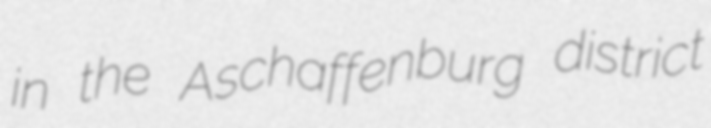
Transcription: in the Aschaffenburg district